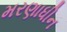
મરણાધીન